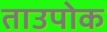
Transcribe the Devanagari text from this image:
ताउपोक